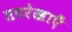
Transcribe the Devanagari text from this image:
तटरेखाएँ